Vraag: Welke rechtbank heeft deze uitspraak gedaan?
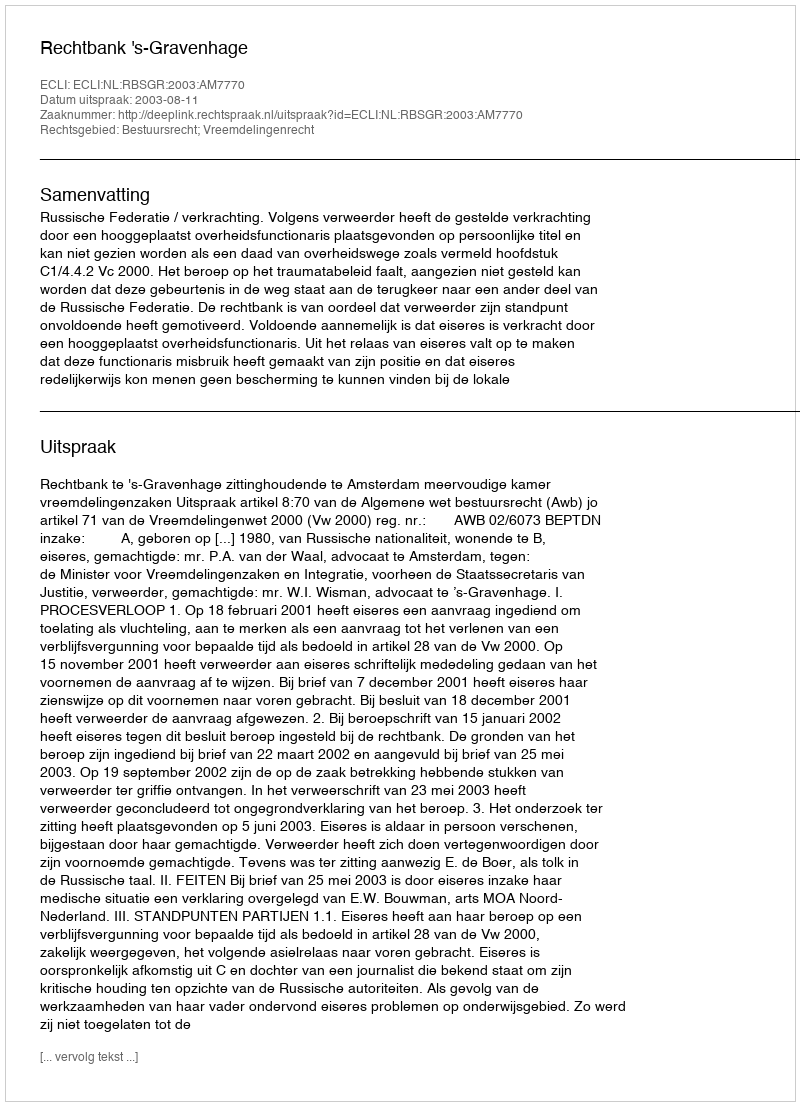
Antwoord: Rechtbank 's-Gravenhage